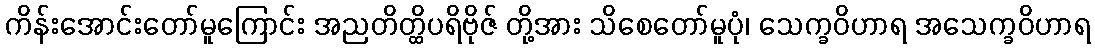
ကိန်းအောင်းတော်မူကြောင်း အညတိတ္ထိပရိဗိုဇ် တို့အား သိစေတော်မူပုံ၊ သေက္ခဝိဟာရ အသေက္ခဝိဟာရ